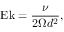
\mathrm { E k } = \frac { \nu } { 2 \Omega d ^ { 2 } } ,